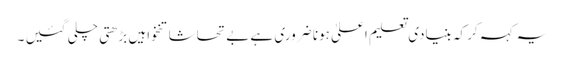
یہ کہہ کر کہ بنیادی تعلیم اعلیٰ ہونا ضروری ہے بے تحاشا تنخواہیں بڑھتی چلی گئیں ۔